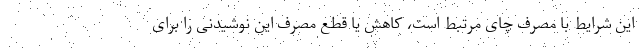
این شرایط با مصرف چای مرتبط است، کاهش یا قطع مصرف این نوشیدنی را برای